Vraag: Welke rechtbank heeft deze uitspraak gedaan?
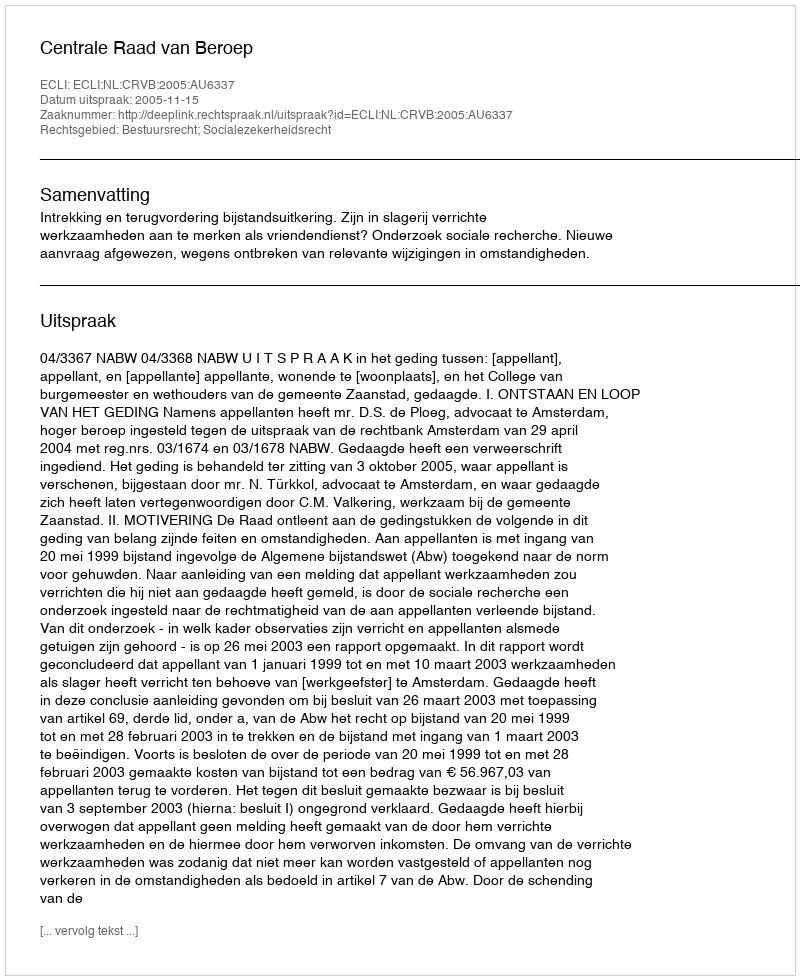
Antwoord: Centrale Raad van Beroep